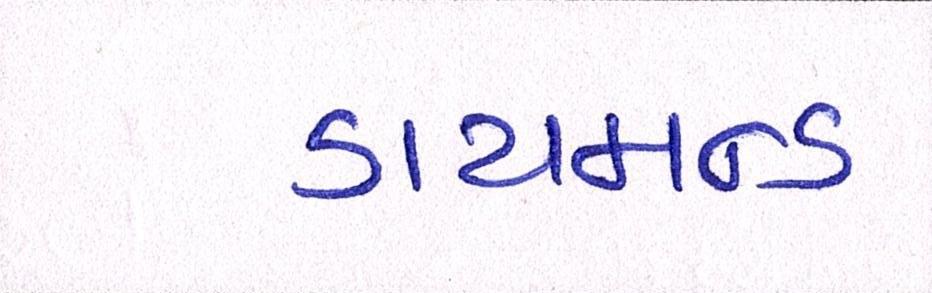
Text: ડાયમન્ડ